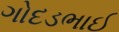
ગોદડભાઈ